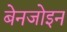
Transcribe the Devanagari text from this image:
बेनजोइन